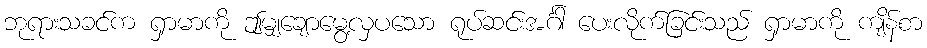
ဘုရားသခင်က ရှာမာကို ဤမျှချောမွေ့လှပသော ရုပ်ဆင်းအင်္ဂါ ပေးလိုက်ခြင်းသည် ရှာမာကို ကျိန်စာ